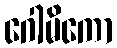
ဂေါမိကော